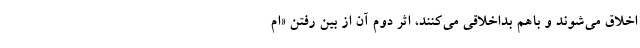
اخلاق می‌شوند و باهم بداخلاقی می‌کنند، اثر دوم آن از بین رفتن «ام